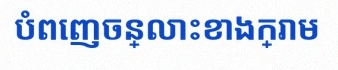
បំពេញចន្លោះខាងក្រោម